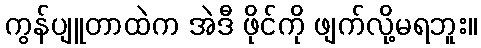
ကွန်ပျူတာထဲက အဲဒီ ဖိုင်ကို ဖျက်လို့မရဘူး။